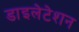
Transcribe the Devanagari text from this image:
डाइलेटेशन